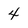
Character: 4